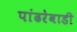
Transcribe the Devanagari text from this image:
पांढरेवाडी